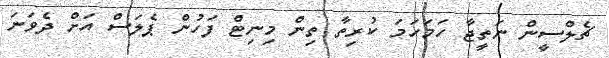
ޗެލްސީން ނަތީޖާ ހަމަހަމަ ކުރިތާ ތިން މިނިޓް ފަހުން ޕެލަސް އަށް ދެވަނަ